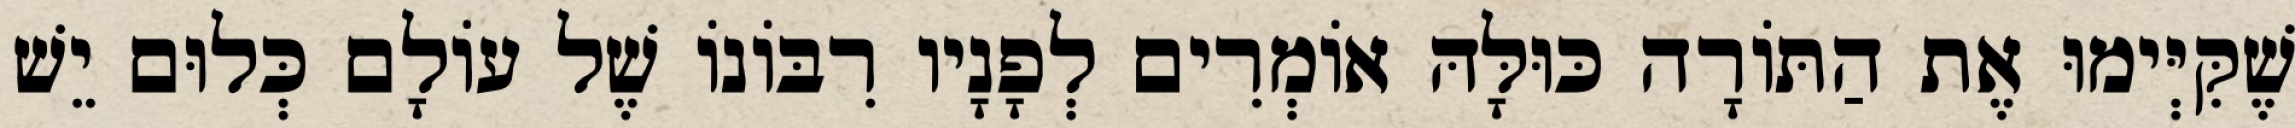
שֶׁקִּיְּימוּ אֶת הַתּוֹרָה כּוּלָּהּ אוֹמְרִים לְפָנָיו רִבּוֹנוֹ שֶׁל עוֹלָם כְּלוּם יֵשׁ